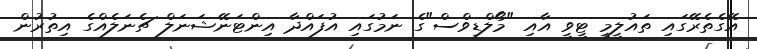
އޭގެތެރޭގައި ތައުލީމީ ޓީވީ އާއި "މޯލްޑިވްސް"ގެ ނަމުގައި އުފައްދާ އިންޓަނޭޝަނަލް ޗެނަލެއްގެ އިތުރުން